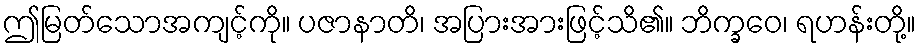
ဤမြတ်သောအကျင့်ကို။ ပဇာနာတိ၊ အပြားအားဖြင့်သိ၏။ ဘိက္ခဝေ၊ ရဟန်းတို့။